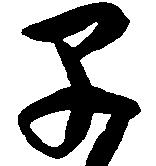
早